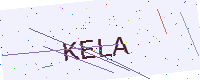
Text: KELA